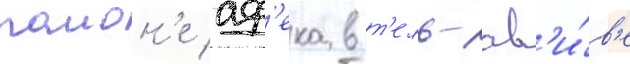
раион'е аф'ека в т'ель-ав'и́в'е